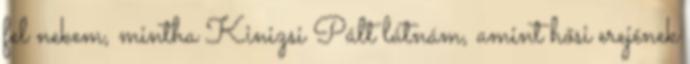
fel nekem, mintha Kinizsi Pált látnám, amint hősi erejének